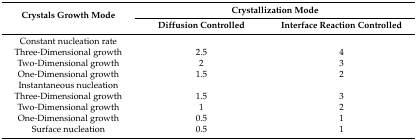
<table><thead><tr><td rowspan="2"><b>Crystals Growth Mode</b></td><td colspan="2"><b>Crystallization Mode</b></td></tr><tr><td><b>Diffusion Controlled</b></td><td><b>Interface Reaction Controlled</b></td></tr></thead><tbody><tr><td>Constant nucleation rate</td><td></td><td></td></tr><tr><td>Three-Dimensional growth</td><td>2.5</td><td>4</td></tr><tr><td>Two-Dimensional growth</td><td>2</td><td>3</td></tr><tr><td>One-Dimensional growth</td><td>1.5</td><td>2</td></tr><tr><td>Instantaneous nucleation</td><td></td><td></td></tr><tr><td>Three-Dimensional growth</td><td>1.5</td><td>3</td></tr><tr><td>Two-Dimensional growth</td><td>1</td><td>2</td></tr><tr><td>One-Dimensional growth</td><td>0.5</td><td>1</td></tr><tr><td>Surface nucleation</td><td>0.5</td><td>1</td></tr></tbody></table>